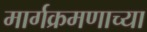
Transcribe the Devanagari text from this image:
मार्गक्रमणाच्या